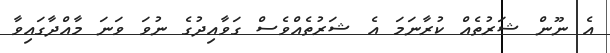
އެ ނޫން ޝަރުތެއް ކުރާނަމަ އެ ޝަރުތެއްވެސް ގަވާއިދުގެ ނުވަ ވަނަ މާއްދާގައިވާ